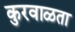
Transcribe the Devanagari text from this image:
कुरवाळता